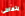
يتعاطى